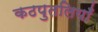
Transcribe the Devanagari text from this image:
कठपुतलियाँ